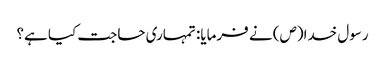
رسول خدا(ص) نے فرمایا: تمہاری حاجت کیا ہے؟